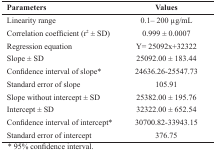
| Parameters | Values |
 | --- | --- |
 | Linearity range | 0.1– 200 μg/mL |
 | Correlation coefficient (r2 ± SD) | 0.999 ± 0.0007 |
 | Regression equation | Y= 25092x+32322 |
 | Slope ± SD | 25092.00 ± 183.44 |
 | Confidence interval of slope* | 24636.26-25547.73 |
 | Standard error of slope | 105.91 |
 | Slope without intercept ± SD | 25382.00 ± 195.76 |
 | Intercept ± SD | 32322.00 ± 652.54 |
 | Confidence interval of intercept* | 30700.82-33943.15 |
 | Standard error of intercept | 376.75 |